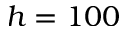
h = 1 0 0